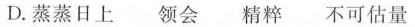
D.蒸蒸日上 领会 精粹 不可估量